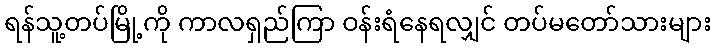
ရန်သူ့တပ်မြို့ကို ကာလရှည်ကြာ ဝန်းရံနေရလျှင် တပ်မတော်သားများ